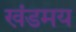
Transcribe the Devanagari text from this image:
खंडमय